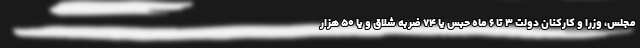
مجلس، وزرا و کارکنان دولت ۳ تا ۶ ماه حبس یا ۷۴ ضربه شلاق و یا ۵۰ هزار